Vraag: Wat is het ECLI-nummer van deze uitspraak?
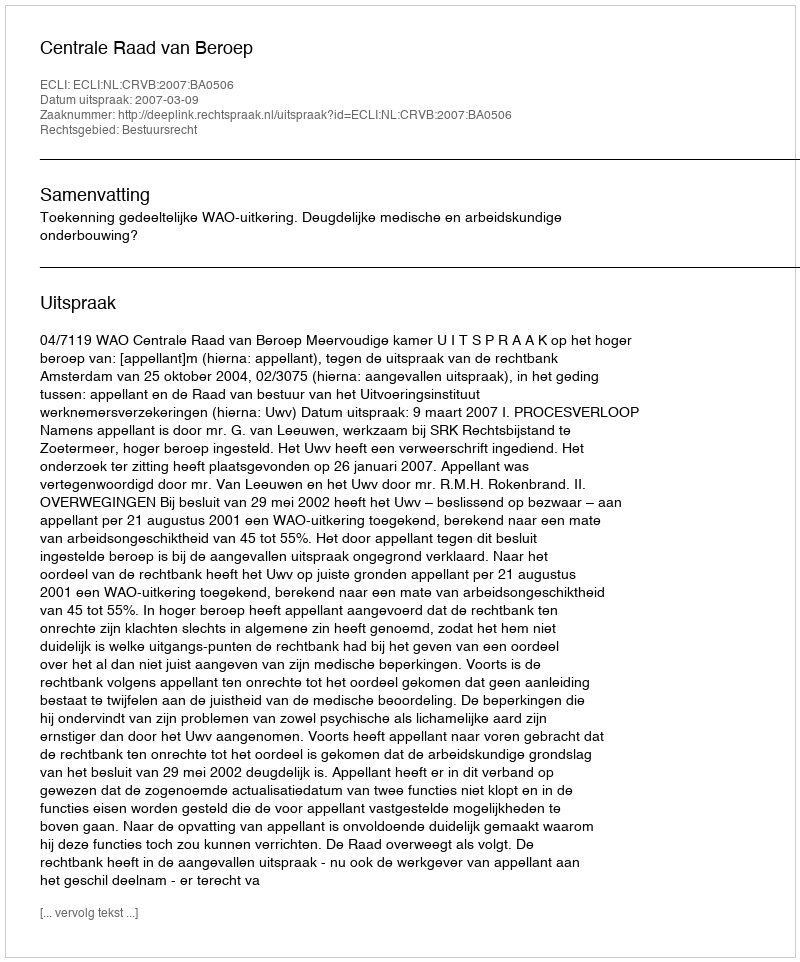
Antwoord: ECLI:NL:CRVB:2007:BA0506